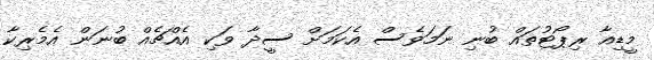
މީޑިއާ ރިޕޯޓުތައް ބުނި ނަމަވެސް އެކަމަށް ސީދާ ވަކި އެއްޗެއް ބުނަން އެމެރިކާ